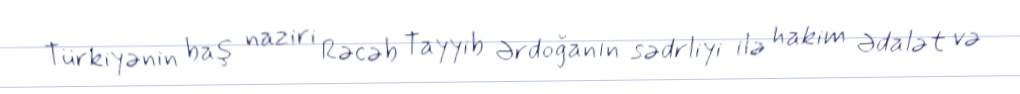
Türkiyənin baş naziri Rəcəb Tayyib Ərdoğanın sədrliyi ilə hakim Ədalət və